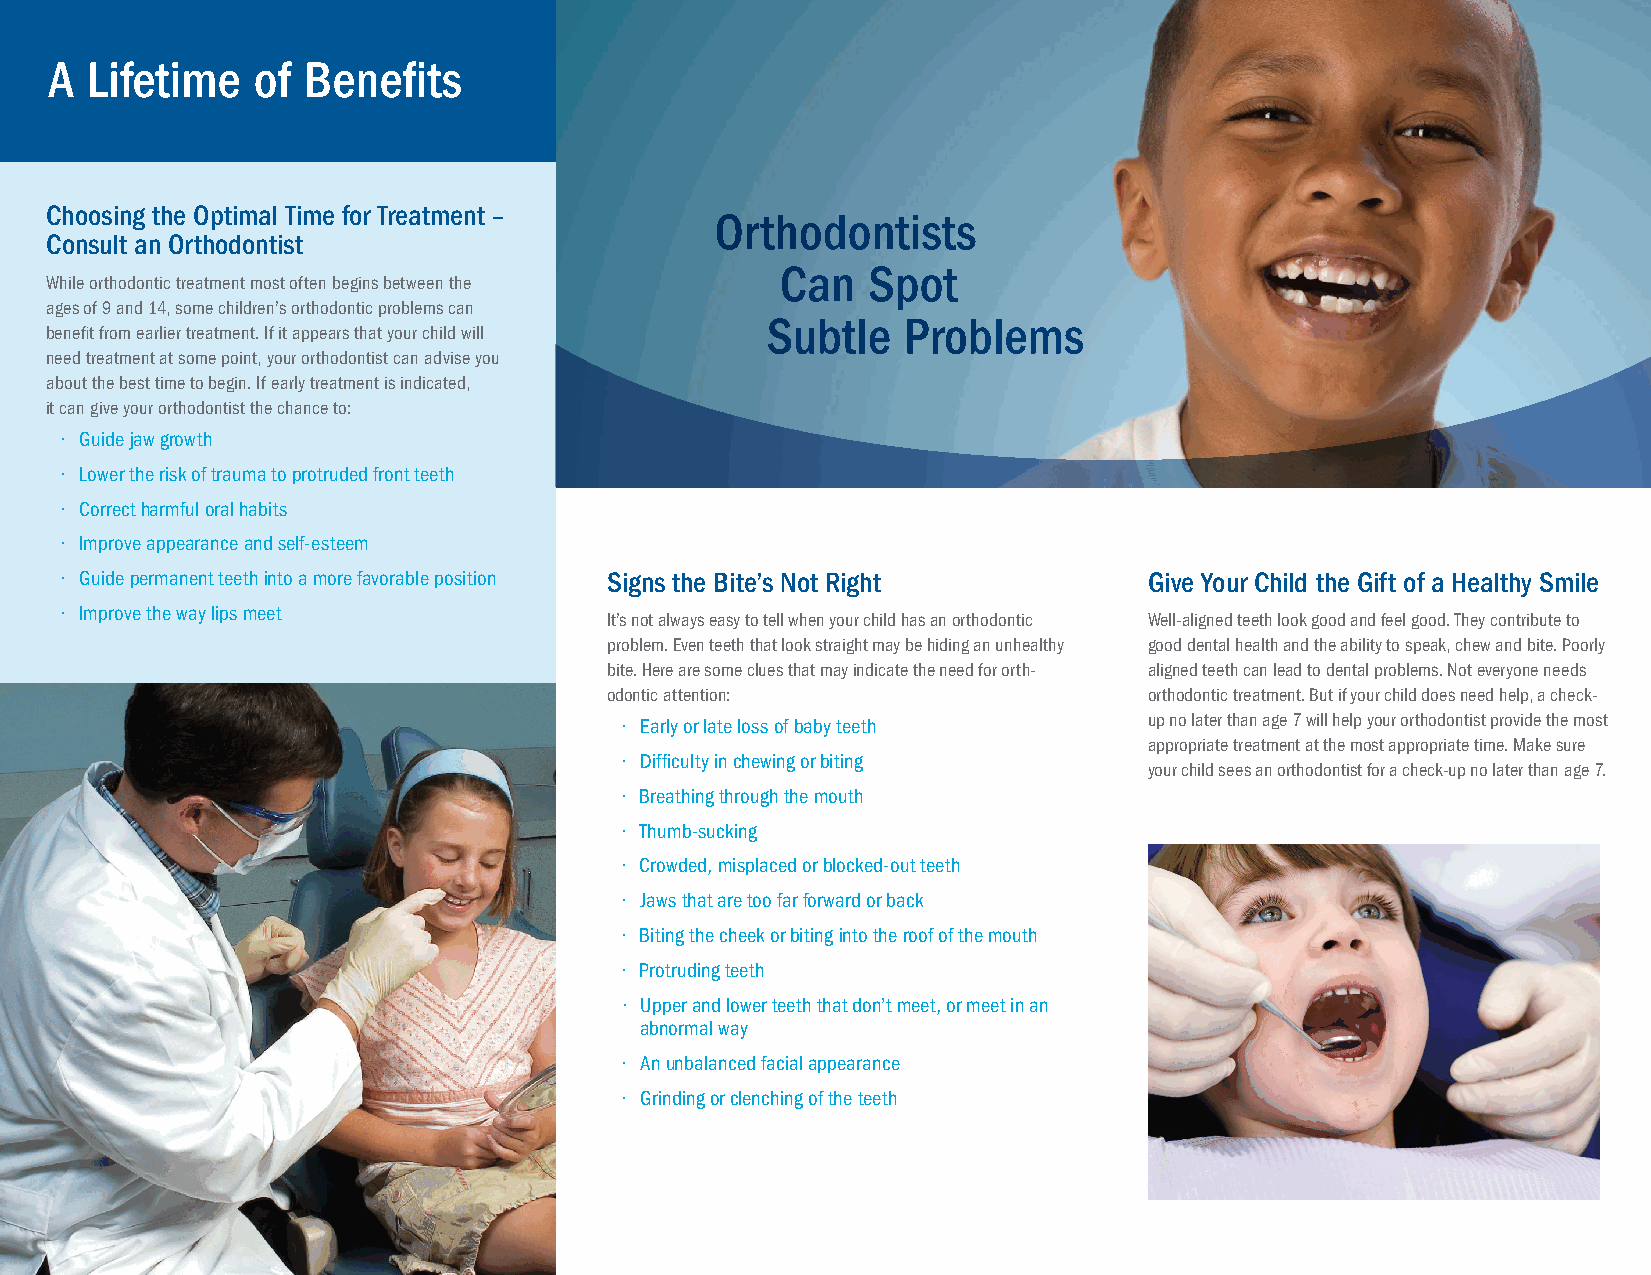
A  Lifetime   of Benefits
 Choosing the Optimal Time for Treatment –
 Orthodontists
 Consult an Orthodontist
 Can  Spot
 While orthodontic treatment most often begins between the
 ages of 9 and 14, some children’s orthodontic problems can
 Subtle   Problems
 benefit from earlier treatment. If it appears that your child will
 need treatment at some point, your orthodontist can advise you
 about the best time to begin. If early treatment is indicated,
 it can give your orthodontist the chance to:
 • Guide jaw growth
 • Lower the risk of trauma to protruded front teeth
 • Correct harmful oral habits
 • Improve appearance and self-esteem
 • Guide permanent teeth into a more favorable position Signs the Bite’s Not Right Give Your Child the Gift of a Healthy Smile
 • Improve the way lips meet
 It’s not always easy to tell when your child has an orthodontic Well-aligned teeth look good and feel good. They contribute to
 problem. Even teeth that look straight may be hiding an unhealthy good dental health and the ability to speak, chew and bite. Poorly
 bite. Here are some clues that may indicate the need for orth- aligned teeth can lead to dental problems. Not everyone needs
 odontic attention:                  orthodontic treatment. But if your child does need help, a check-
 • Early or late loss of baby teeth up no later than age 7 will help your orthodontist provide the most
 appropriate treatment at the most appropriate time. Make sure
 • Difficulty in chewing or biting
 your child sees an orthodontist for a check-up no later than age 7.
 • Breathing through the mouth
 • Thumb-sucking
 • Crowded, misplaced or blocked-out teeth
 • Jaws that are too far forward or back
 • Biting the cheek or biting into the roof of the mouth
 • Protruding teeth
 • Upper and lower teeth that don’t meet, or meet in an
 abnormal way
 • An unbalanced facial appearance
 • Grinding or clenching of the teeth